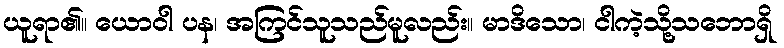
ယူရာ၏။ ယောဝါ ပန၊ အကြင်သူသည်မူလည်း။ မာဒိသော၊ ငါကဲ့သို့သဘောရှိ